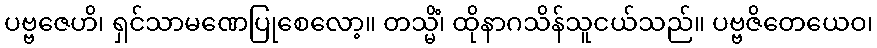
ပဗ္ဗဇေဟိ၊ ရှင်သာမဏေပြုစေလော့။ တသ္မိံ၊ ထိုနာဂသိန်သူငယ်သည်။ ပဗ္ဗဇိတေယေဝ၊